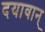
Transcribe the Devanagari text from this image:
दयावान्